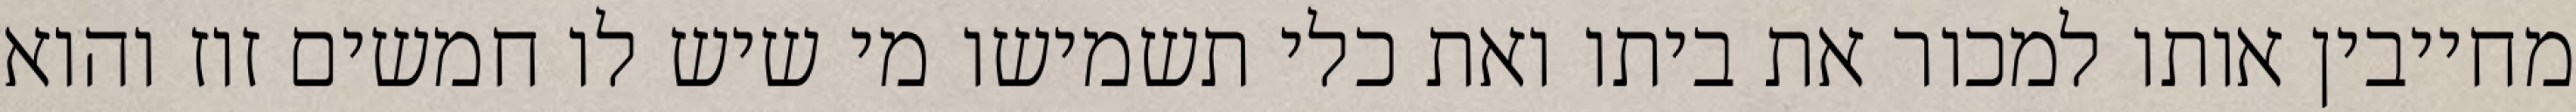
מחייבין אותו למכור את ביתו ואת כלי תשמישו מי שיש לו חמשים זוז והוא